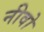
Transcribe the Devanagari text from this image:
नीवो